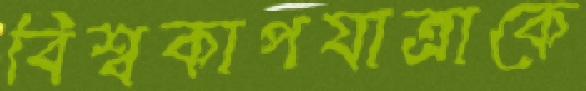
বিশ্বকাপযাত্রাকে